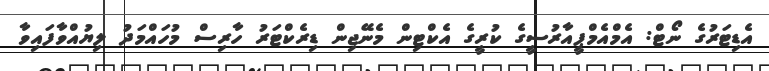
އެޑިޓަރުގެ ނޯޓް: އެމްއެމްޕީއާރުސީގެ ކުރީގެ އެކްޓިން މެނޭޖިން ޑިރެކްޓަރު ހާރިސް މުހައްމަދު ލިޔުއްވާފައިވާ